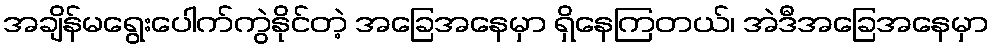
အချိန်မရွေးပေါက်ကွဲနိုင်တဲ့ အခြေအနေမှာ ရှိနေကြတယ်၊ အဲဒီအခြေအနေမှာ